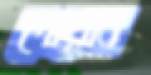
পোয়াব